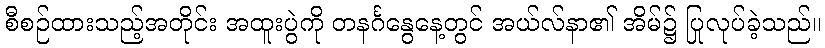
စီစဉ်ထားသည့်အတိုင်း အထူးပွဲကို တနင်္ဂနွေနေ့တွင် အယ်လ်နာ၏ အိမ်၌ ပြုလုပ်ခဲ့သည်။